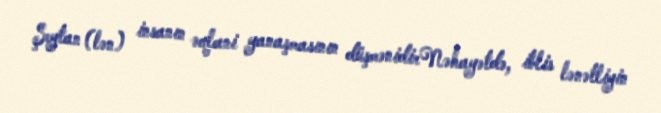
Şeytan (lən) insanın əqlani yanaşmasının düşmənidirNəhayətdə, iblis lənətliyin